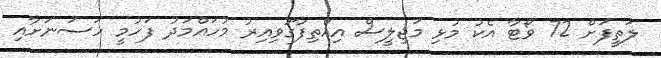
ލަތީފަށް 72 ވޯޓާ އެކު މުޅި މަޖިލީސް އިއްތިފާގުވިއިރު މުހައްމަދު ފަހުމީ ހަސަނަށާއި